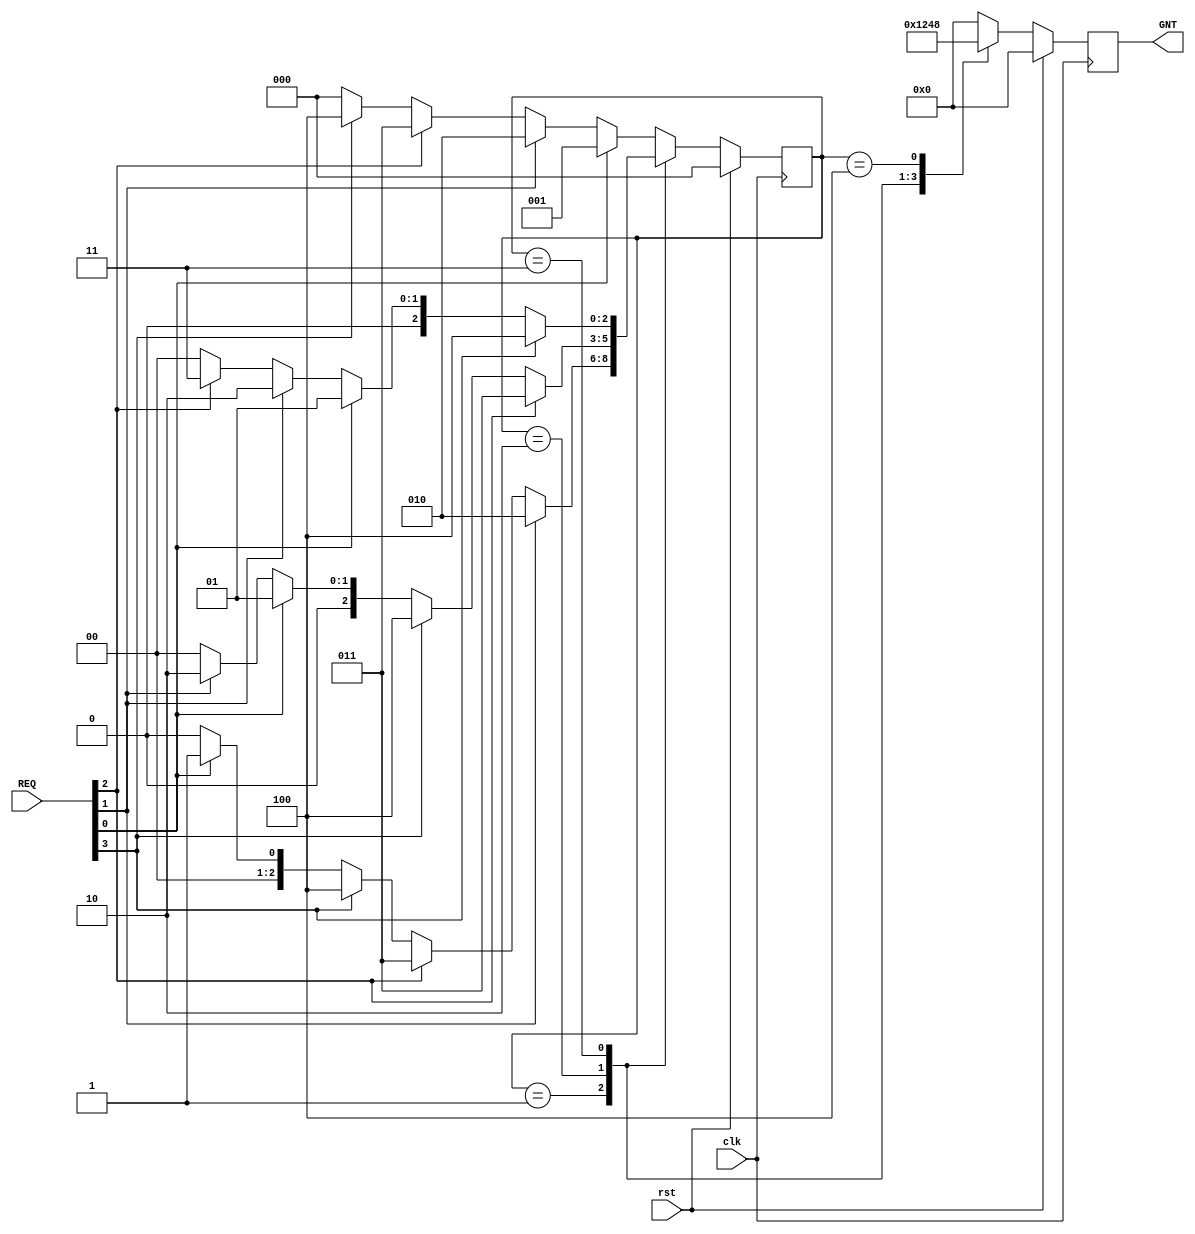
module RRA(

input clk,
input rst,
input [3:0] REQ,
output reg [3:0] GNT

);

reg [2:0] present_state;
reg [2:0] next_state;
parameter [2:0] S_ideal = 3'b000;
parameter [2:0] S_0 = 3'b001;
parameter [2:0] S_1 = 3'b010;
parameter [2:0] S_2 = 3'b011;
parameter [2:0] S_3 = 3'b100;


always @ (posedge clk)      // State Register 

begin

if(rst)
 present_state <= S_ideal;
else 
 present_state <= next_state;
end

always @(present_state or REQ )     

begin
case(present_state)

S_ideal : begin

if(REQ[0])

begin
 next_state = S_0;
end

else if(REQ[1])
begin
 next_state = S_1;
end

else if(REQ[2])
begin
 next_state = S_2;
end

else if(REQ[3])
begin
 next_state = S_3;
end

else
begin
 next_state = S_ideal;
end
end 



S_0 :  begin

if(REQ[1])
begin
 next_state = S_1;
end

else if(REQ[2])
begin
 next_state = S_2;
end

else if(REQ[3])
begin
next_state = S_3;
end

else if(REQ[0])
begin
next_state = S_0;
end

else
begin
next_state = S_ideal;
end
end 

           
			  
S_1 : begin

if(REQ[2])

begin
 next_state = S_2;
end

else if(REQ[3])
begin
 next_state = S_3;
end

else if(REQ[0])
begin
 next_state = S_0;
end

else if(REQ[1])
begin
 next_state = S_1;
end

else
begin
 next_state = S_ideal;
end

end 

S_2 : begin

if(REQ[3])
begin
 next_state = S_3;
end

else if(REQ[0])
begin
 next_state = S_0;
end

else if(REQ[1])
begin
 next_state = S_1;
end

else if(REQ[2])
begin
 next_state = S_2;
end

else
begin
 next_state = S_ideal;
end
end 


S_3 : begin

if(REQ[0])
begin
 next_state = S_0;
end

else if(REQ[1])
begin
 next_state = S_1;
end

else if(REQ[2])
begin
 next_state = S_2;
end

else if(REQ[3])
begin
 next_state = S_3;
end

else
begin
 next_state = S_ideal;
end
end 

default : begin

if(REQ[0])
begin
 next_state = S_0;
end

else if(REQ[1])
begin
 next_state = S_1;
end

else if(REQ[2])
begin
 next_state = S_2;
end

else if(REQ[3])
begin
 next_state = S_3;
end

else
begin
 next_state = S_ideal;
end

end  

endcase 

end


always @(posedge clk)  // Output 

begin
	if(rst)
	   GNT<=4'b0000;
	else

case(present_state)

S_0 : begin GNT <= 4'b0001; end

S_1 : begin GNT <= 4'b0010; end

S_2 : begin GNT <= 4'b0100; end

S_3 : begin GNT <= 4'b1000; end

default :  begin GNT <= 4'b0000; end

endcase

end

endmodule